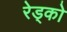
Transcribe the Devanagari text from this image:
रेड्को